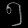
Digit: ၅